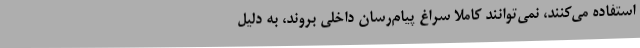
استفاده می‌کنند، نمی‌توانند کاملا سراغ پیام‌رسان داخلی بروند، به دلیل